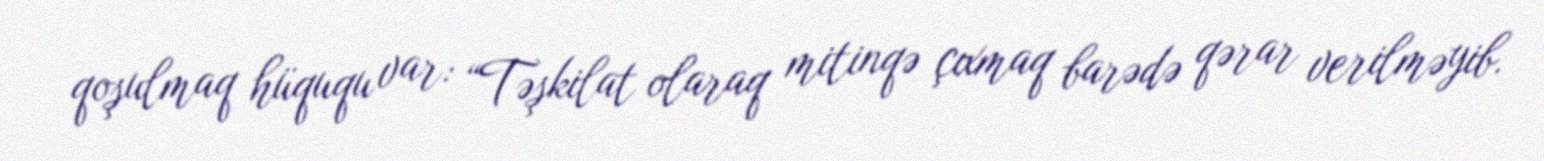
qoşulmaq hüququ var: “Təşkilat olaraq mitinqə çıxmaq barədə qərar verilməyib.